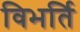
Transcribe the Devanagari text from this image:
विभर्ति